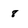
Character: 8